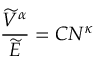
\frac { \widetilde V ^ { \alpha } } { \widetilde E } = C N ^ { \kappa }